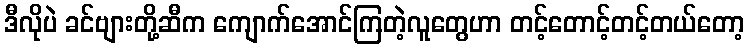
ဒီလိုပဲ ခင်ဗျားတို့ဆီက ကျောက်အောင်ကြတဲ့လူတွေဟာ တင့်တောင့်တင့်တယ်တော့